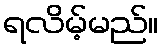
ရလိမ့်မည်။